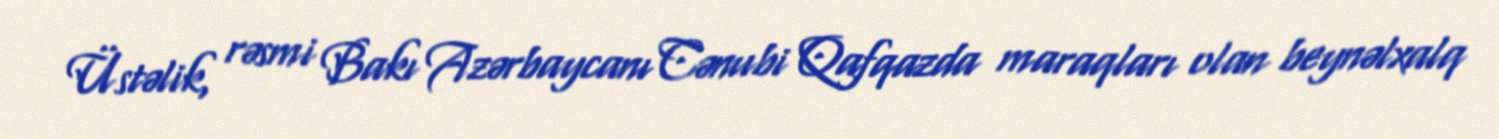
Üstəlik, rəsmi Bakı Azərbaycanı Cənubi Qafqazda maraqları olan beynəlxalq